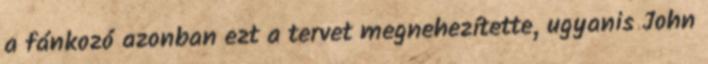
a fánkozó azonban ezt a tervet megnehezítette, ugyanis John